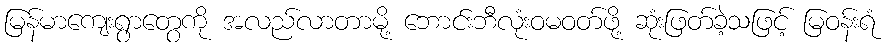
မြန်မာကျေးရွာတွေကို အလည်လာတာမို့ ဘောင်းဘီလုံးဝမဝတ်ဖို့ ဆုံးဖြတ်ခဲ့သဖြင့် မြဝန်းရံ